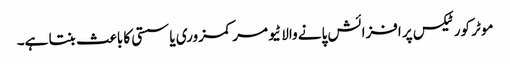
موٹر کورٹیکس پر افزائش پانے والا ٹیومر کمزوری یا سستی کا باعث بنتا ہے۔